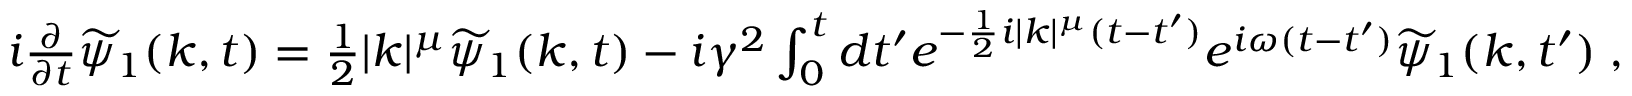
\begin{array} { r } { i \frac { \partial } { \partial t } \widetilde { \psi } _ { 1 } ( k , t ) = \frac { 1 } { 2 } | k | ^ { \mu } \widetilde { \psi } _ { 1 } ( k , t ) - i \gamma ^ { 2 } \int _ { 0 } ^ { t } d t ^ { \prime } e ^ { - \frac { 1 } { 2 } i | k | ^ { \mu } ( t - t ^ { \prime } ) } e ^ { i \omega ( t - t ^ { \prime } ) } \widetilde { \psi } _ { 1 } ( k , t ^ { \prime } ) \; , } \end{array}